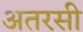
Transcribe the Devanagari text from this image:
अतरसी